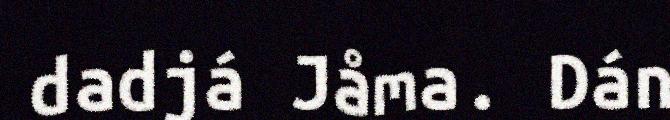
dadjá Jåma. Dán